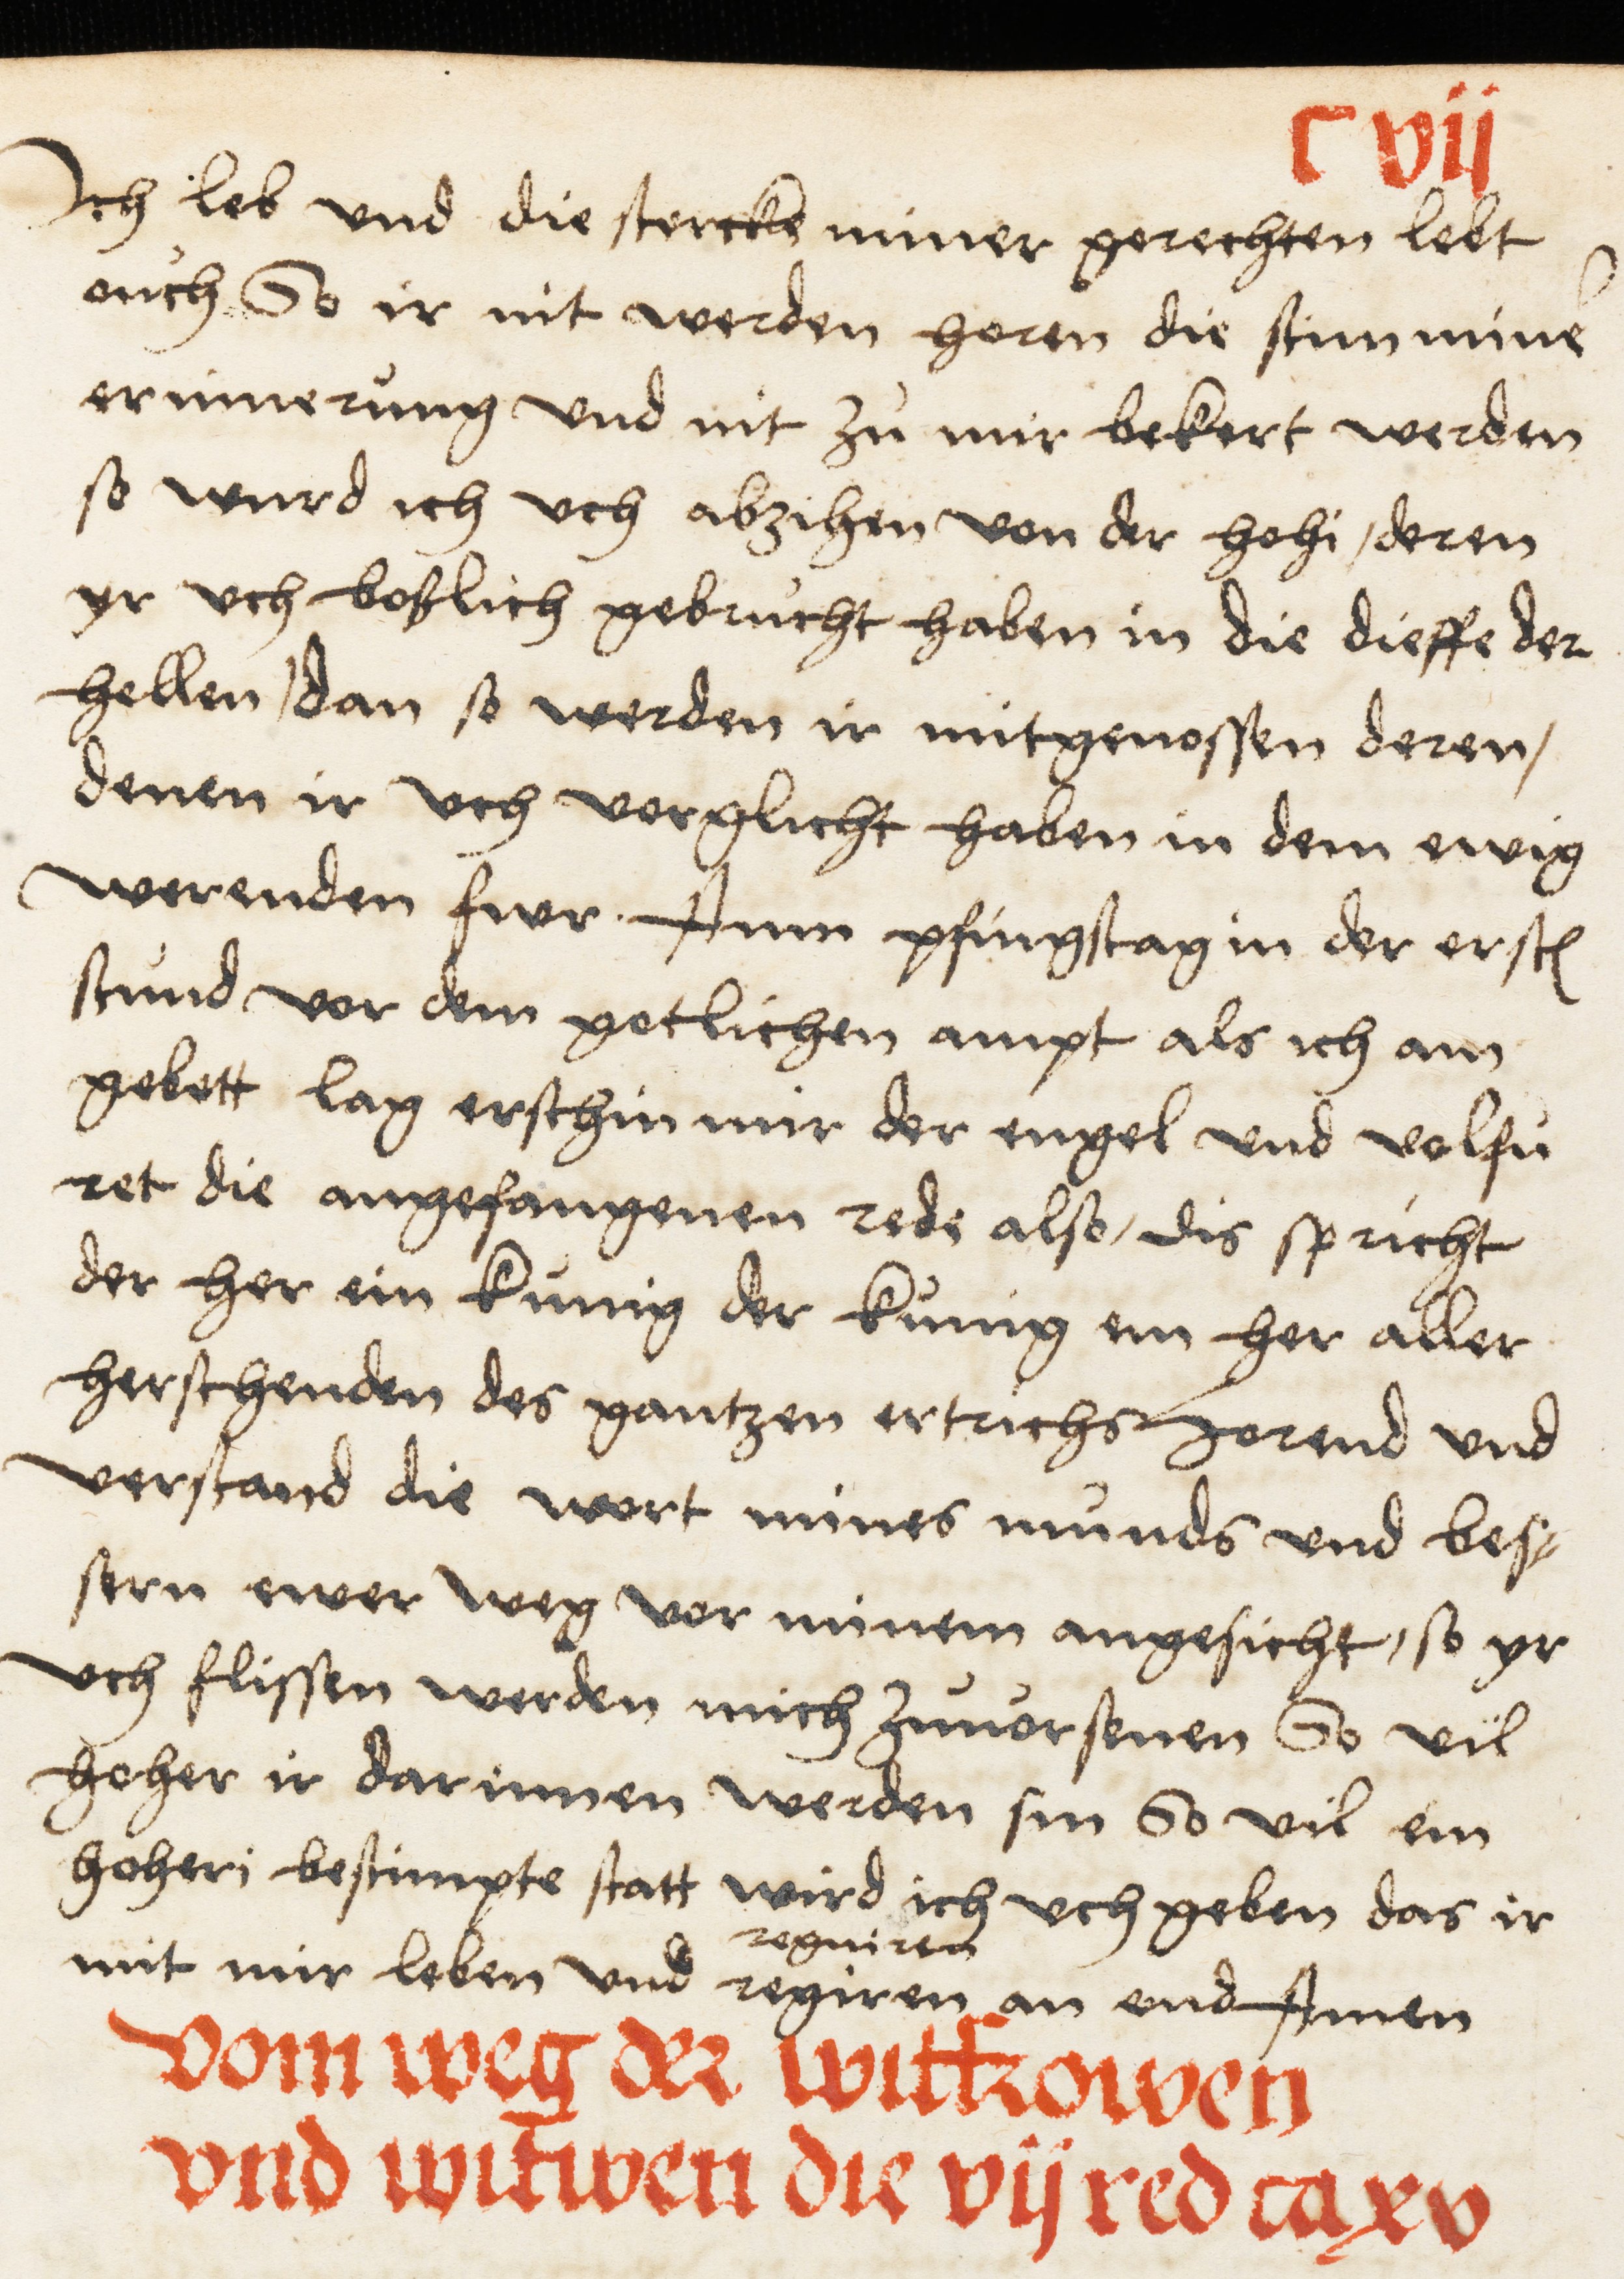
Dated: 1516–1517